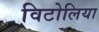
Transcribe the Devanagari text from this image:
विटोलिया